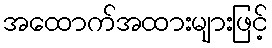
အထောက်အထားများဖြင့်